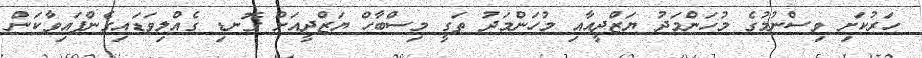
ހަރުކަށި ވިސްނުމުގެ މުހަންމަދު ޔަޒްދީއާއި މުހަންމަދު ތަގީ މިސްބާހް ޔަޒްދީއަށް ގޮނޑި ގެއްލިވަޑައިގެންފައިވާކަން